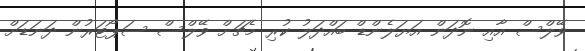
ވޭލްސް އާއި ނޮދަން އަޔަލެންޑް ބައްދަލު ކުރި މެޗަށް ވޭލްސް ސަޕޯޓަރުން ދަނަޑަށް